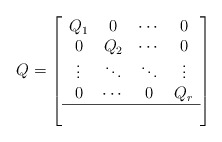
\begin{align*} Q = \left[ \begin{array}{cccc} Q_1 & 0 & \cdots & 0\\ 0 & Q_2 & \cdots & 0\\ \vdots & \ddots & \ddots & \vdots\\ 0 & \cdots & 0 & Q_r\\ \hline \multicolumn{4}{c}{} \end{array} \right]\end{align*}